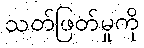
သတ်ဖြတ်မှုကို